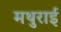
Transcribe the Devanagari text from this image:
मथुराई